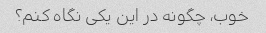
خوب، چگونه در این یکی نگاه کنم؟